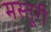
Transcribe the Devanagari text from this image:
मस्तूरी